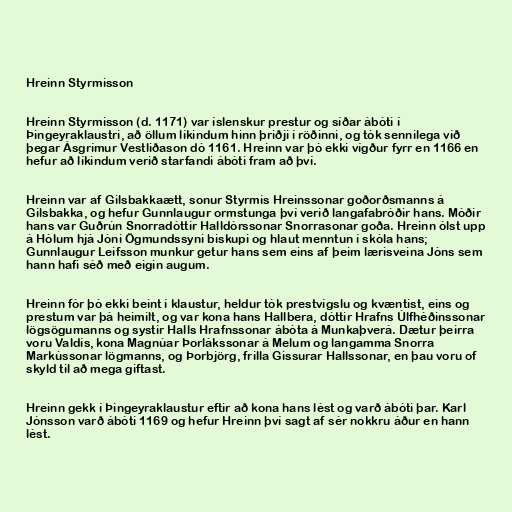
Hreinn Styrmisson

Hreinn Styrmisson (d. 1171) var íslenskur prestur og síðar ábóti í
Þingeyraklaustri, að öllum líkindum hinn þriðji í röðinni, og tók sennilega við
þegar Ásgrímur Vestliðason dó 1161. Hreinn var þó ekki vígður fyrr en 1166 en
hefur að líkindum verið starfandi ábóti fram að því.

Hreinn var af Gilsbakkaætt, sonur Styrmis Hreinssonar goðorðsmanns á
Gilsbakka, og hefur Gunnlaugur ormstunga því verið langafabróðir hans. Móðir
hans var Guðrún Snorradóttir Halldórssonar Snorrasonar goða. Hreinn ólst upp
á Hólum hjá Jóni Ögmundssyni biskupi og hlaut menntun í skóla hans;
Gunnlaugur Leifsson munkur getur hans sem eins af þeim lærisveina Jóns sem
hann hafi séð með eigin augum.

Hreinn fór þó ekki beint í klaustur, heldur tók prestvígslu og kvæntist, eins og
prestum var þá heimilt, og var kona hans Hallbera, dóttir Hrafns Úlfhéðinssonar
lögsögumanns og systir Halls Hrafnssonar ábóta á Munkaþverá. Dætur þeirra
voru Valdís, kona Magnúar Þorlákssonar á Melum og langamma Snorra
Markússonar lögmanns, og Þorbjörg, frilla Gissurar Hallssonar, en þau voru of
skyld til að mega giftast.

Hreinn gekk í Þingeyraklaustur eftir að kona hans lést og varð ábóti þar. Karl
Jónsson varð ábóti 1169 og hefur Hreinn því sagt af sér nokkru áður en hann
lést.